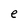
Character: e